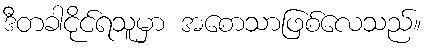
ဒီတခါငိုင်ရသူမှာ အစောသာဖြစ်လေသည်။